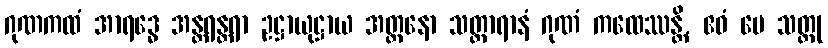
ဂုဏကထံ အာရဒ္ဓေ အန္တရန္တရာ ဥဋ္ဌာယုဋ္ဌာယ အတ္တနော သတ္ထာရာနံ ဂုဏံ ကထေဿန္တိ, ဧဝံ မေ သတ္ထု